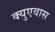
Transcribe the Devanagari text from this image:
क्युएवास